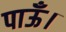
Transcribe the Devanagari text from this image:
पाऊँ।